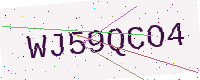
Text: WJ59QCO4